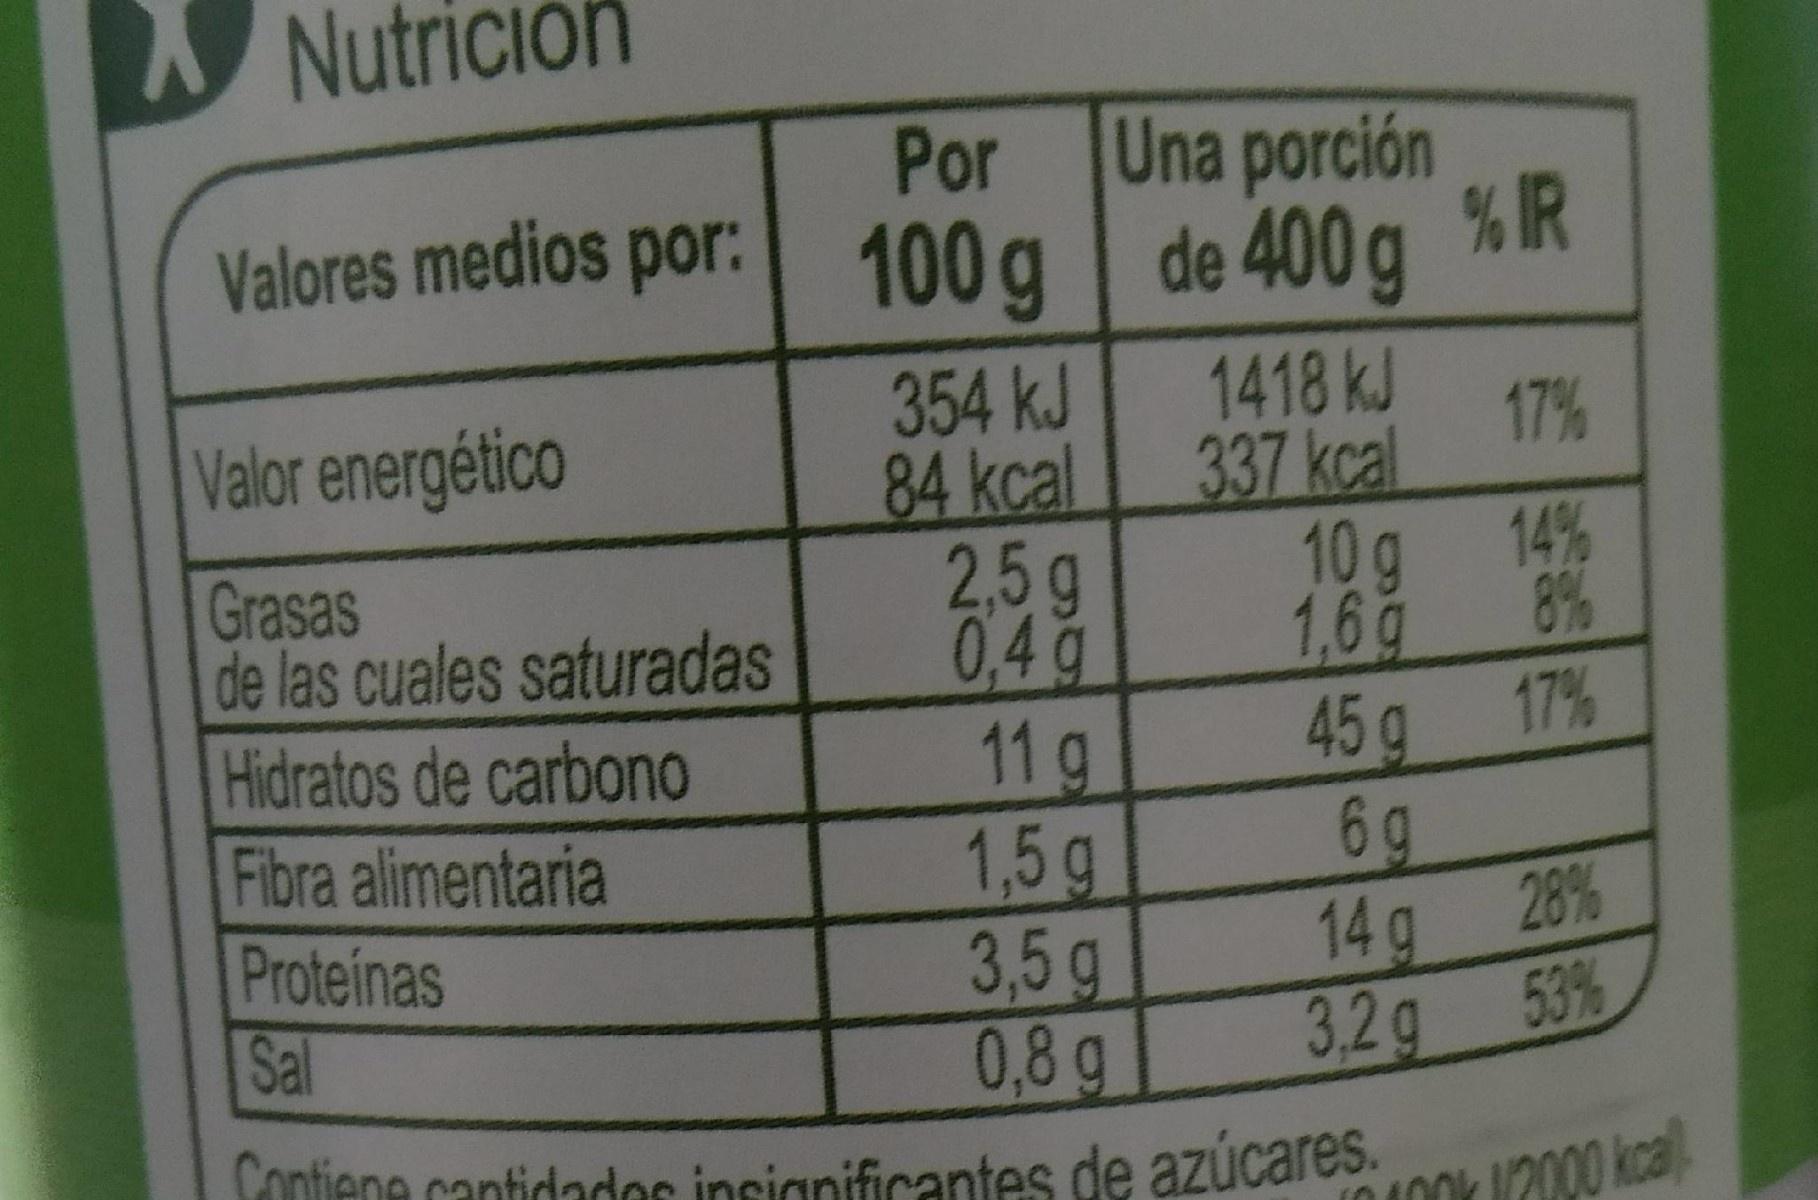
A Nutrición
Por
Una porción
Valores medios por: % IR
100g de 400g
1418 kJ 17% 337 kcal
354 kJ 84kcal 2,5g 0,4g 11 g 1,5g 3,5g 0,8 g
Valor energético
14% 1,6g 45g 17% 6 g 14g 28% 3,2g 53%
10g 8%
Grasas de las cuales saturadas Hidratos de carbono Fibra alimentaria Proteinas Sal
Contiene cantidades insignificantes de azúcares.